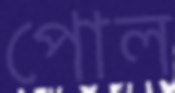
পোল